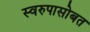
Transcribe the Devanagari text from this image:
स्वरुपासोबत